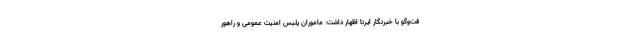
فت‌وگو با خبرنگار ایرنا اظهار داشت: ماموران پلیس امنیت عمومی و راهور